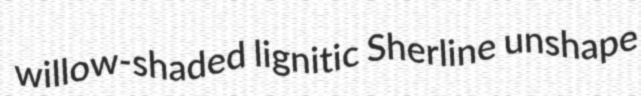
willow-shaded lignitic Sherline unshape